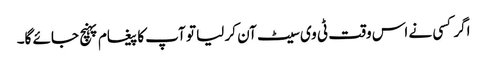
اگر کسی نے اس وقت ٹی وی سیٹ آن کر لیا تو آپ کا پیغام پہنچ جائے گا۔